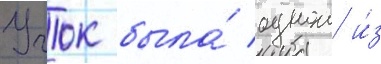
Учок была́ однои и́з